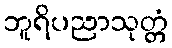
ဘူရိပညာသုတ္တံ